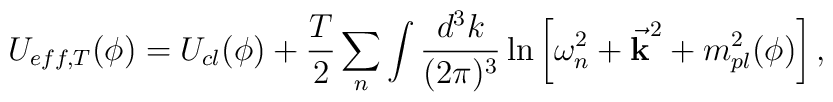
U_{eff,T}(\phi)=U_{cl}(\phi)+\frac {T}{2}\sum_n\int \frac{d^3k}{(2\pi)^3}\ln \left[ \omega_n^2+{\bf \vec k}^2+m_{pl}^2(\phi)\right],  \nonumber